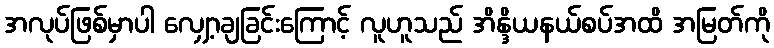
အလုပ်ဖြစ်မှာပါ လျှော့ချခြင်းကြောင့် လူဟူသည် အိန္ဒိယနယ်စပ်အထိ အမြတ်ကို